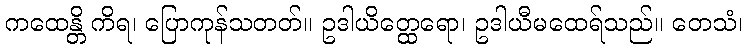
ကထေန္တိ ကိရ၊ ပြောကုန်သတတ်။ ဥဒါယိတ္ထေရော၊ ဥဒါယီမထေရ်သည်။ တေသံ၊